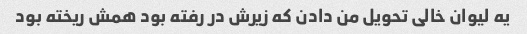
یه لیوان خالی تحویل من دادن که زیرش در رفته بود همش ریخته بود